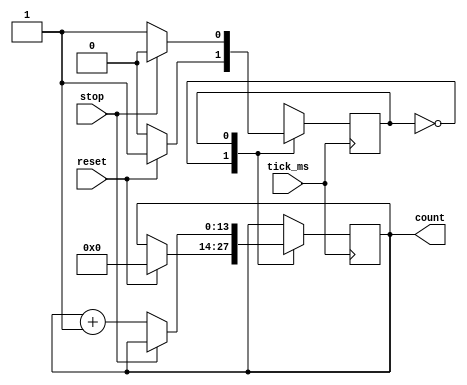
module reaction_counter( tick_ms, reset, stop, count );

parameter COUNT_BITS = 14;

input tick_ms;
input reset;
input stop;

output [COUNT_BITS-1:0] count;
reg     count;

parameter S_IDLE     = 1'b0;
parameter S_COUNTING = 1'b1;
reg state;
initial state = S_IDLE;

always @(posedge tick_ms)
    case (state)
        S_IDLE: if (reset == 1'b1) begin
            count <= 0;
            state <= S_COUNTING;
        end
        S_COUNTING: 
            if (stop == 1'b1) 
                state = S_IDLE;
            else 
                count <= count + 1'b1;
    endcase

endmodule